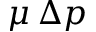
\mu \, \Delta p